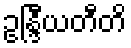
ဥန္ဒြီယတီတိ